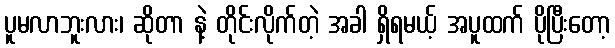
ပူမလာဘူးလား၊ ဆိုတာ နဲ့ တိုင်းလိုက်တဲ့ အခါ ရှိရမယ့် အပူထက် ပိုပြီးတော့